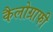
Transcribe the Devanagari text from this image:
कैलोग्राफी